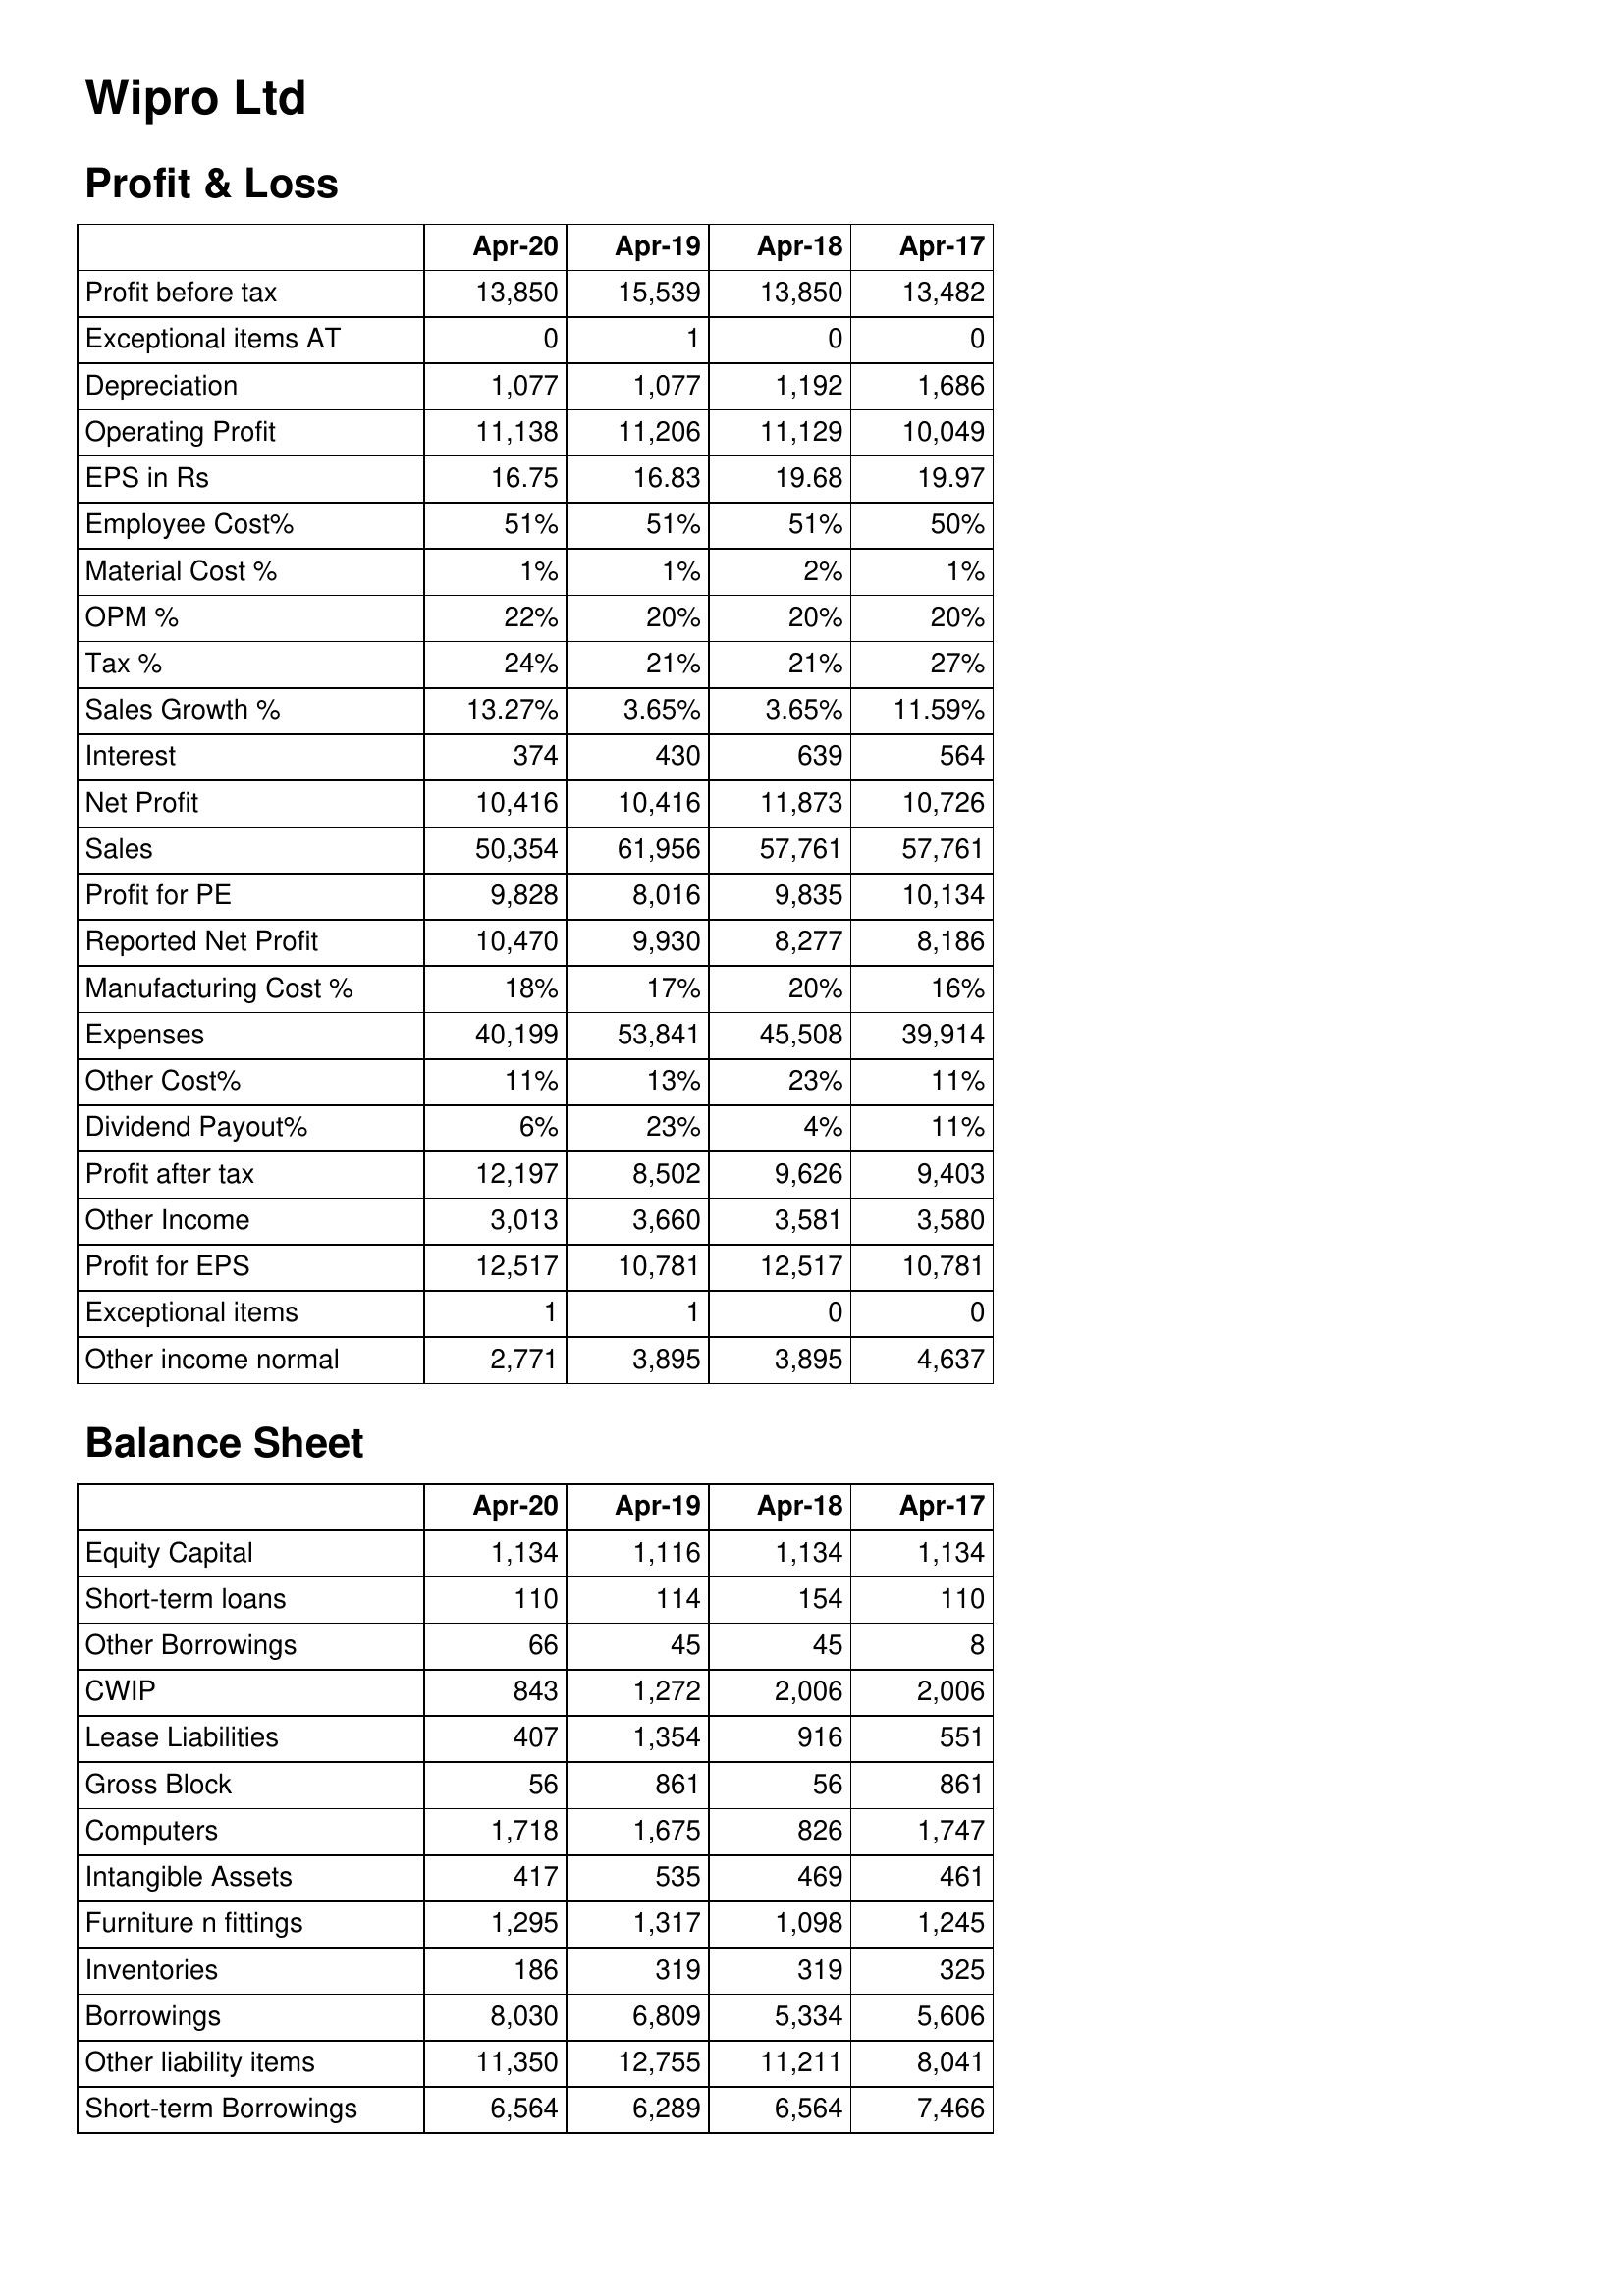
Apr-20: Profit & Loss: Profit before tax: 13,850
Exceptional items AT: 0
Depreciation: 1,077
Operating Profit: 11,138
EPS in Rs: 16.75
Employee Cost%: 51%
Material Cost %: 1%
OPM %: 22%
Tax %: 24%
Sales Growth %: 13.27%
Interest: 374
Net Profit: 10,416
Sales: 50,354
Profit for PE: 9,828
Reported Net Profit: 10,470
Manufacturing Cost %: 18%
Expenses: 40,199
Other Cost%: 11%
Dividend Payout%: 6%
Profit after tax: 12,197
Other Income: 3,013
Profit for EPS: 12,517
Exceptional items: 1
Other income normal: 2,771
Balance Sheet: Equity Capital: 1,134
Short-term loans: 110
Other Borrowings: 66
CWIP: 843
Lease Liabilities: 407
Gross Block: 56
Computers: 1,718
Intangible Assets: 417
Furniture n fittings: 1,295
Inventories: 186
Borrowings: 8,030
Other liability items: 11,350
Short-term Borrowings: 6,564
Apr-19: Profit & Loss: Profit before tax: 15,539
Exceptional items AT: 1
Depreciation: 1,077
Operating Profit: 11,206
EPS in Rs: 16.83
Employee Cost%: 51%
Material Cost %: 1%
OPM %: 20%
Tax %: 21%
Sales Growth %: 3.65%
Interest: 430
Net Profit: 10,416
Sales: 61,956
Profit for PE: 8,016
Reported Net Profit: 9,930
Manufacturing Cost %: 17%
Expenses: 53,841
Other Cost%: 13%
Dividend Payout%: 23%
Profit after tax: 8,502
Other Income: 3,660
Profit for EPS: 10,781
Exceptional items: 1
Other income normal: 3,895
Balance Sheet: Equity Capital: 1,116
Short-term loans: 114
Other Borrowings: 45
CWIP: 1,272
Lease Liabilities: 1,354
Gross Block: 861
Computers: 1,675
Intangible Assets: 535
Furniture n fittings: 1,317
Inventories: 319
Borrowings: 6,809
Other liability items: 12,755
Short-term Borrowings: 6,289
Apr-18: Profit & Loss: Profit before tax: 13,850
Exceptional items AT: 0
Depreciation: 1,192
Operating Profit: 11,129
EPS in Rs: 19.68
Employee Cost%: 51%
Material Cost %: 2%
OPM %: 20%
Tax %: 21%
Sales Growth %: 3.65%
Interest: 639
Net Profit: 11,873
Sales: 57,761
Profit for PE: 9,835
Reported Net Profit: 8,277
Manufacturing Cost %: 20%
Expenses: 45,508
Other Cost%: 23%
Dividend Payout%: 4%
Profit after tax: 9,626
Other Income: 3,581
Profit for EPS: 12,517
Exceptional items: 0
Other income normal: 3,895
Balance Sheet: Equity Capital: 1,134
Short-term loans: 154
Other Borrowings: 45
CWIP: 2,006
Lease Liabilities: 916
Gross Block: 56
Computers: 826
Intangible Assets: 469
Furniture n fittings: 1,098
Inventories: 319
Borrowings: 5,334
Other liability items: 11,211
Short-term Borrowings: 6,564
Apr-17: Profit & Loss: Profit before tax: 13,482
Exceptional items AT: 0
Depreciation: 1,686
Operating Profit: 10,049
EPS in Rs: 19.97
Employee Cost%: 50%
Material Cost %: 1%
OPM %: 20%
Tax %: 27%
Sales Growth %: 11.59%
Interest: 564
Net Profit: 10,726
Sales: 57,761
Profit for PE: 10,134
Reported Net Profit: 8,186
Manufacturing Cost %: 16%
Expenses: 39,914
Other Cost%: 11%
Dividend Payout%: 11%
Profit after tax: 9,403
Other Income: 3,580
Profit for EPS: 10,781
Exceptional items: 0
Other income normal: 4,637
Balance Sheet: Equity Capital: 1,134
Short-term loans: 110
Other Borrowings: 8
CWIP: 2,006
Lease Liabilities: 551
Gross Block: 861
Computers: 1,747
Intangible Assets: 461
Furniture n fittings: 1,245
Inventories: 325
Borrowings: 5,606
Other liability items: 8,041
Short-term Borrowings: 7,466